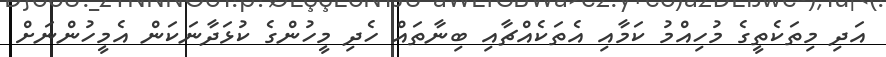
އަދި މިތަކެތީގެ މުހިއްމު ކަމާއި އެތަކެއްޗާއި ބިނާތައް ހެދި މީހުންގެ ކުޅަދާނަކަން އެމީހުންނަށް